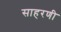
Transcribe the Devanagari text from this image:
साहरणी